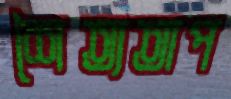
শৈত্যতাপ